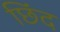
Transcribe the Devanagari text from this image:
छिंद